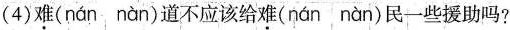
(4)难( nán nàn )道不应该给难( nán nàn )民一些援助吗?